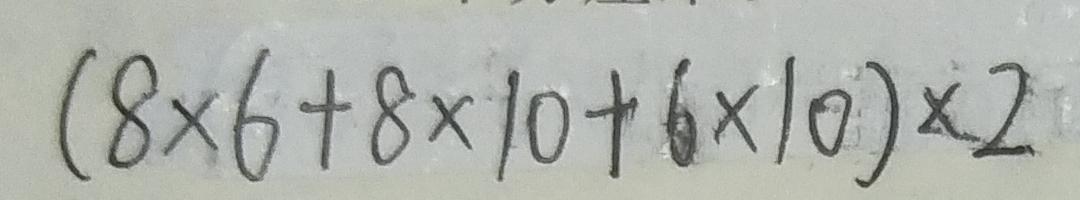
( 8 \times 6 + 8 \times 1 0 + 6 \times 1 0 ) \times 2